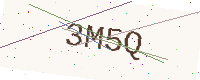
Text: 3M5Q